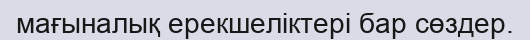
мағыналық ерекшеліктері бар сөздер.